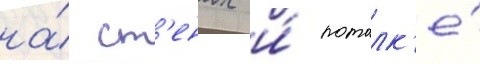
на́ ст'енах и́ потолк'е́